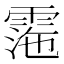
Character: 𩃰